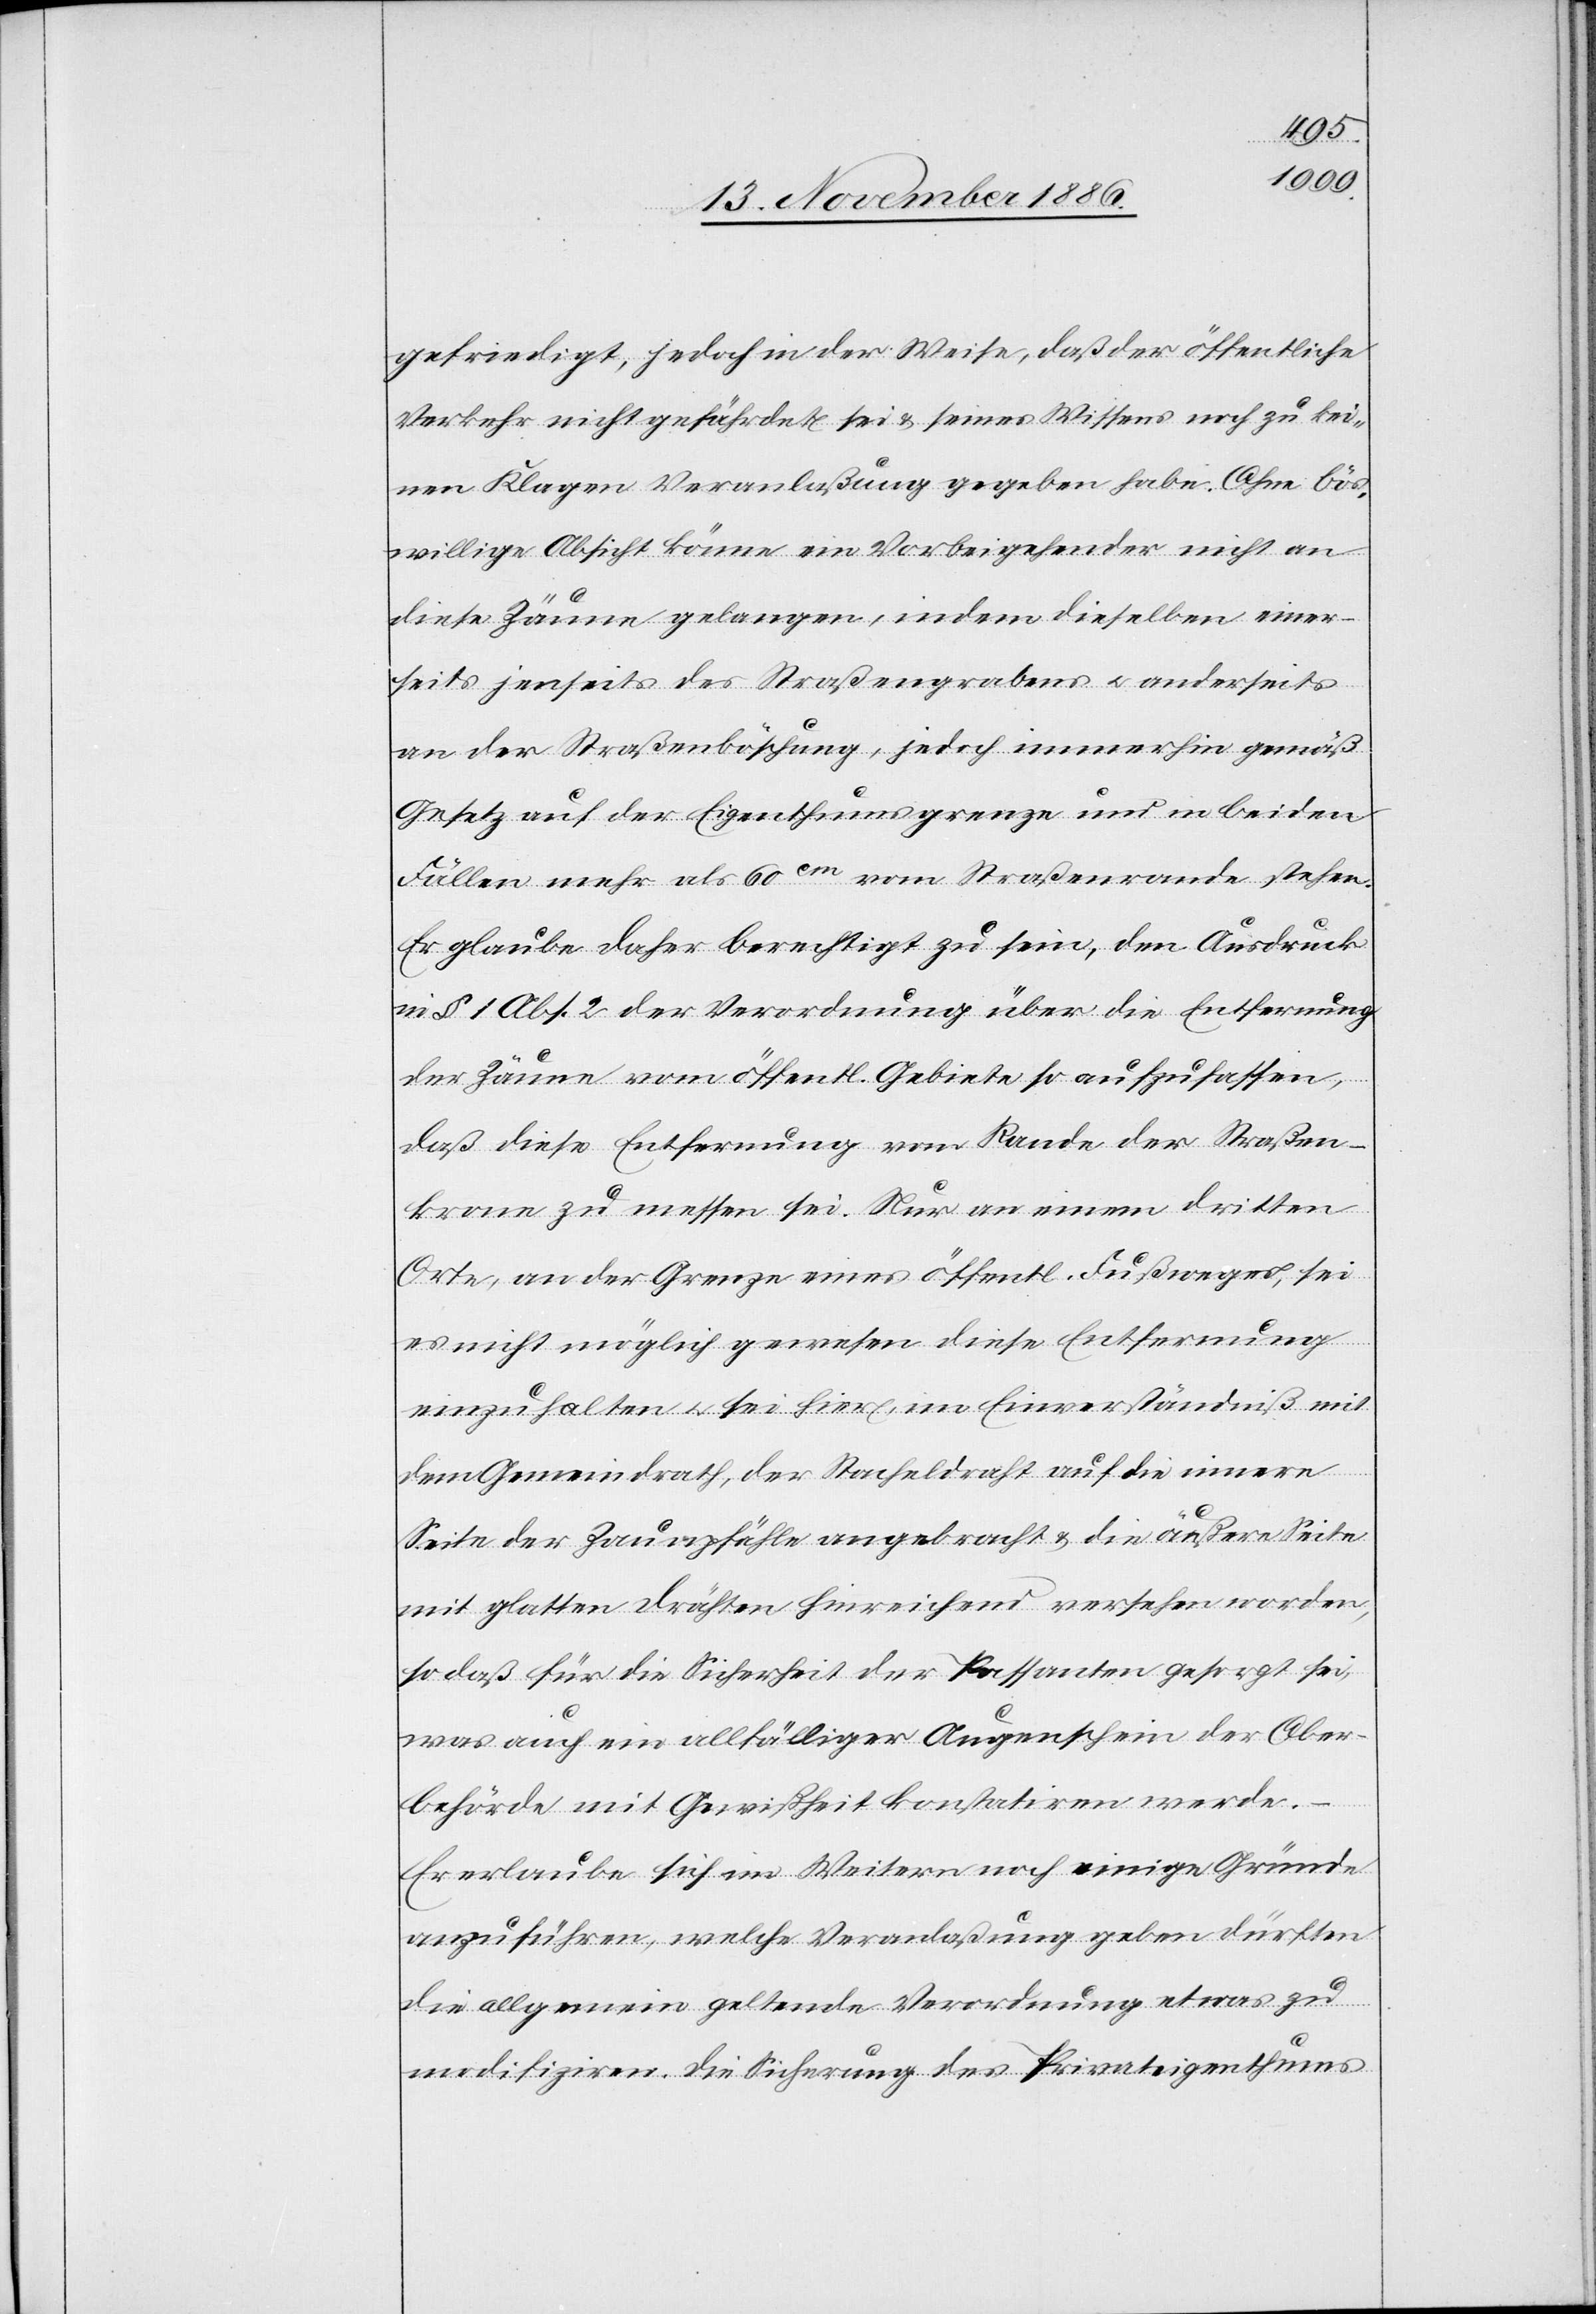
gefriedigt, jedoch in der Weise, daß der öffentliche
Verkehr nicht gefährdet sei & seines Wissens noch zu kei¬
nen Klagen Veranlaßung gegeben habe. Ohne bös¬
willige Absicht könne ein Vorbeigehender nicht an
diese Zäune gelangen, indem dieselben einer¬
seits jenseits des Straßengrabens & anderseits
an der Straßenböschung, jedoch immerhin gemäß
Gesetz auf der Eigenthumsgrenze und in beiden
Fällen mehr als 60cm vom Straßenrande stehen.
Er glaube daher berechtigt zu sein, den Ausdruck
in § 1 Abs. 2 der Verordnung über die Entfernung
der Zäune vom öffentl. Gebiete so aufzufassen,
daß diese Entfernung vom Rande der Straßen¬
krone zu messen sei. Nur an einem dritten
Orte, an der Grenze eines öffentl. Fußweges, sei
es nicht möglich gewesen diese Entfernung
einzuhalten & sei hier, im Einverständniß mit
dem Gemeindrath, der Stacheldraht auf die innere
Seite der Zaunpfähle angebracht & die äußere Seite
mit glatten Drähten hinreichend versehen worden,
so daß für die Sicherheit der Passanten gesorgt sei,
was auch ein allfälliger Augenschein der Ober¬
behörde mit Gewißheit konstatiren werde.
Er erlaube sich im Weitern noch einige Gründe
anzuführen, welche Veranlaßung geben dürften
die allgemein geltende Verordnung etwas zu
modifiziren. Die Sicherung des Privateigenthums